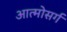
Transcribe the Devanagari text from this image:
आत्मोसर्ग